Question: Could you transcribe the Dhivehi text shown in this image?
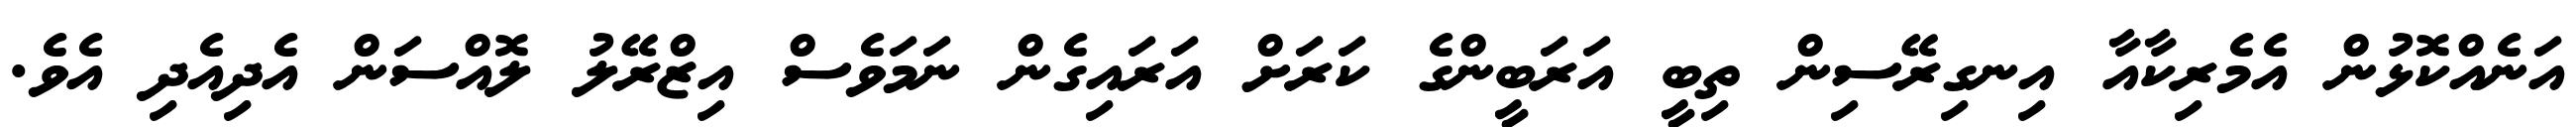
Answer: އަނެއްކޮޅުން އެމެރިކާއާ އިނގިރޭސިން ތިބީ އަރަބީންގެ ކަރަށް އަރައިގެން ނަމަވެސް އިޒްރޭލު ލޮއްސަން އެދިއެދި އެވެ.